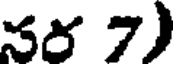
నర 7)